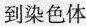
到染色体